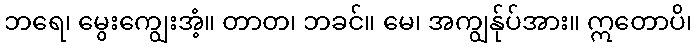
ဘရေ၊ မွေးကျွေးအံ့။ တာတ၊ ဘခင်။ မေ၊ အကျွန်ုပ်အား။ ဣတောပိ၊